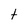
Character: t